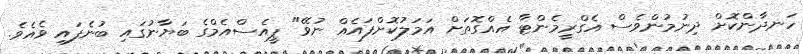
ހަނދާންކޮށް ދިނުމުންވެސް އެގްރީމެންޓާ އެއްގޮތަށް އަމަަލުކޮށްފައެއް ނުވޭ" ޕީއެސްއެމްގެ ބަޔާނުގައި ބުނެފައި ވެއެވެ.